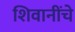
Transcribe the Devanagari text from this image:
शिवानींचे